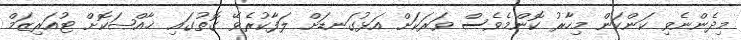
މިދެންނެވި ކަންކަން މިހާރު ކޮންމެވެސް ވަރަކަށް އަޅުގަނޑަށް ލަފާކުރެވޭ ގޮތުގައި ޚާއްޞަކޮށް ޓުއަރިޒަމް